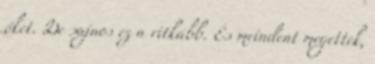
őket. De sajnos ez a ritkább. És meindent megettek,